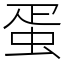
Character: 蛋